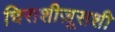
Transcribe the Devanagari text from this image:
चिराशीज़ूसशी